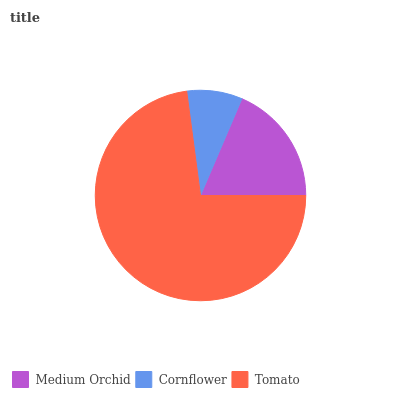
| Medium Orchid | Cornflower | Tomato |
 | --- | --- | --- |
 | 18.6% | 8.53% | 72.9% |